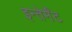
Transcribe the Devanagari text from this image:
इन्तेर्मेंट